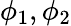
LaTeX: \phi_{1},\phi_{2}